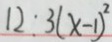
1 2 \cdot 3 ( x - 1 ) ^ { 2 }